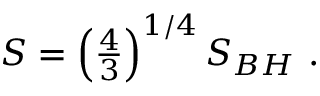
S = \left( { \textstyle { \frac { 4 } { 3 } } } \right) ^ { 1 / 4 } S _ { B H } \ .